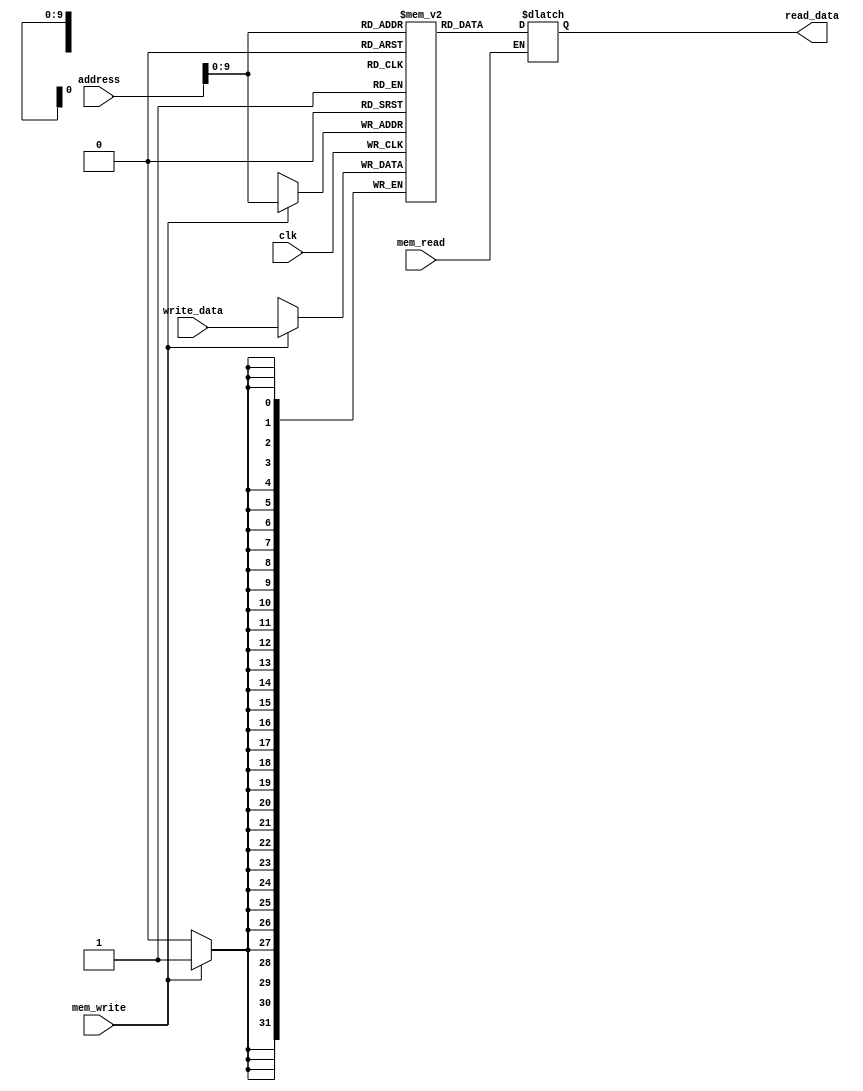
`timescale 1ns / 1ps

module data_memory(
    input clk, mem_read, mem_write,
    input [31:0] address, write_data,
    output reg [31:0] read_data
);
    reg [31:0] memory [0:1023];
    
    always@(*) begin
        if (mem_read) begin
            read_data = memory[address];
        end
    end
    
    always@(posedge clk) begin
        if (mem_write) begin
            memory[address] = write_data;
        end
    end
endmodule